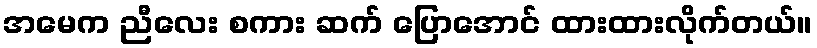
အမေက ညီလေး စကား ဆက် ပြောအောင် ထားထားလိုက်တယ်။